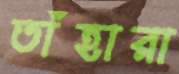
তাঁহারা